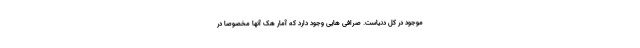
موجود در کل دنیاست. صرافی هایی وجود دارد که آمار هک آنها مخصوصا در